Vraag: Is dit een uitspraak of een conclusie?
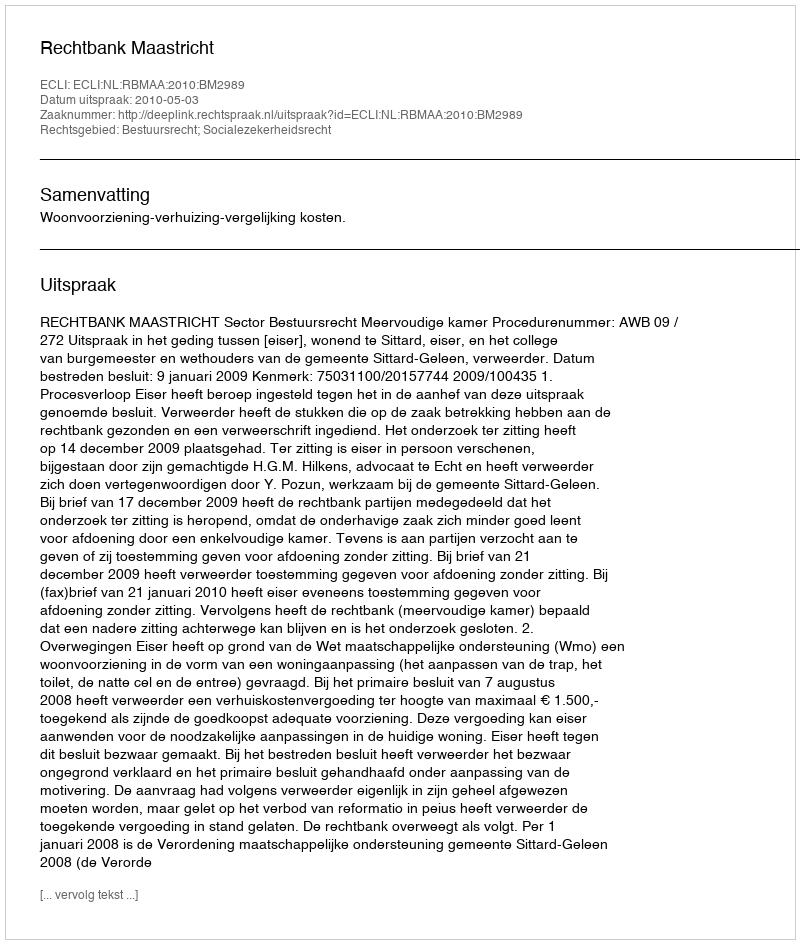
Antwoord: Uitspraak